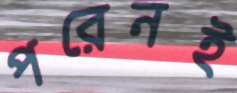
পরেনই